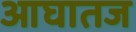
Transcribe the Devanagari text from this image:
आघातज